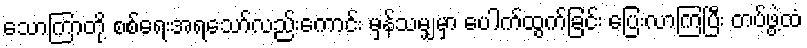
သောကြာတို့ စစ်ရေးအရသော်လည်းကောင်း မှန်သမျှမှာ ပေါက်ထွက်ခြင်း ပြေးလာကြပြီး တပ်ဖွဲ့ထံ